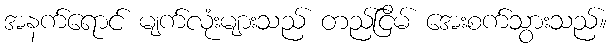
အနက်ရောင် မျက်လုံးများသည် တည်ငြိမ် အေးစက်သွားသည်။